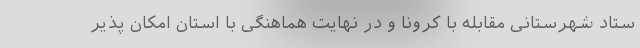
ستاد شهرستانی مقابله با کرونا و در نهایت هماهنگی با استان امکان پذیر